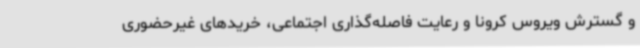
و گسترش ویروس کرونا و رعایت فاصله‌گذاری اجتماعی، خریدهای غیرحضوری